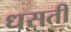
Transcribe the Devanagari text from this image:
धसती